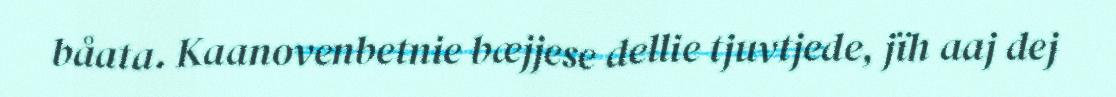
båata. Kaanovenbetnie bæjjese dellie tjuvtjede, jïh aaj dej